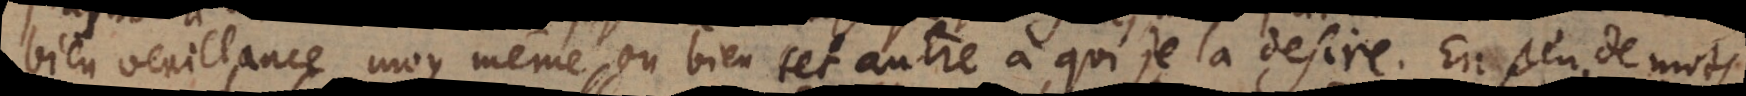
bienveuillance moy même ou bien cet autre à qui je la desire. En peu de mots